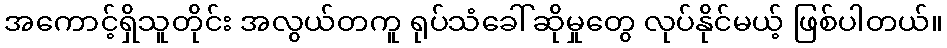
အကောင့်ရှိသူတိုင်း အလွယ်တကူ ရုပ်သံခေါ်ဆိုမှုတွေ လုပ်နိုင်မယ့် ဖြစ်ပါတယ်။